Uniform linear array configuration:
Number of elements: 24
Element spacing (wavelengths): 1
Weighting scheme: exponential
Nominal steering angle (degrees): -45
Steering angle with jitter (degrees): -44.934
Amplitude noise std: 0.05
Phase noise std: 0.05

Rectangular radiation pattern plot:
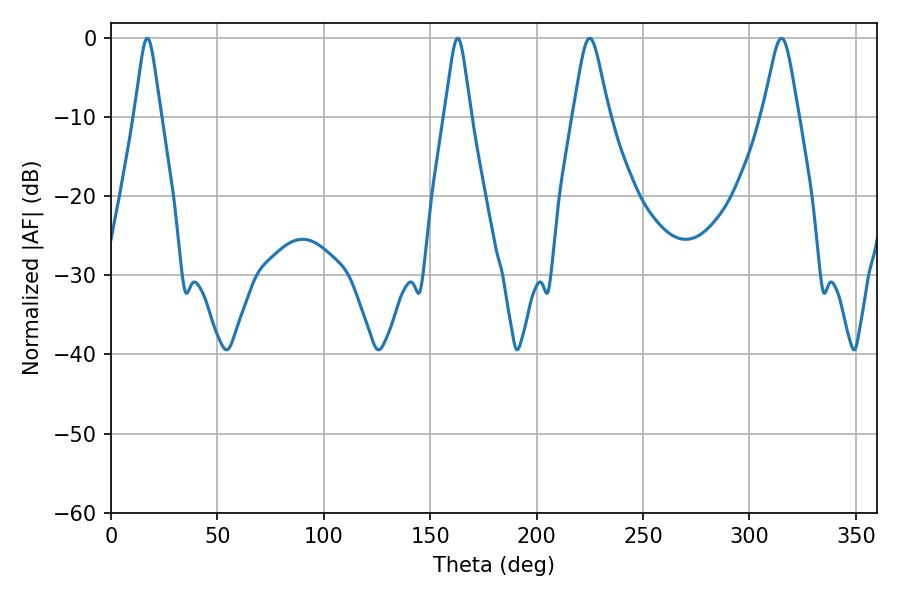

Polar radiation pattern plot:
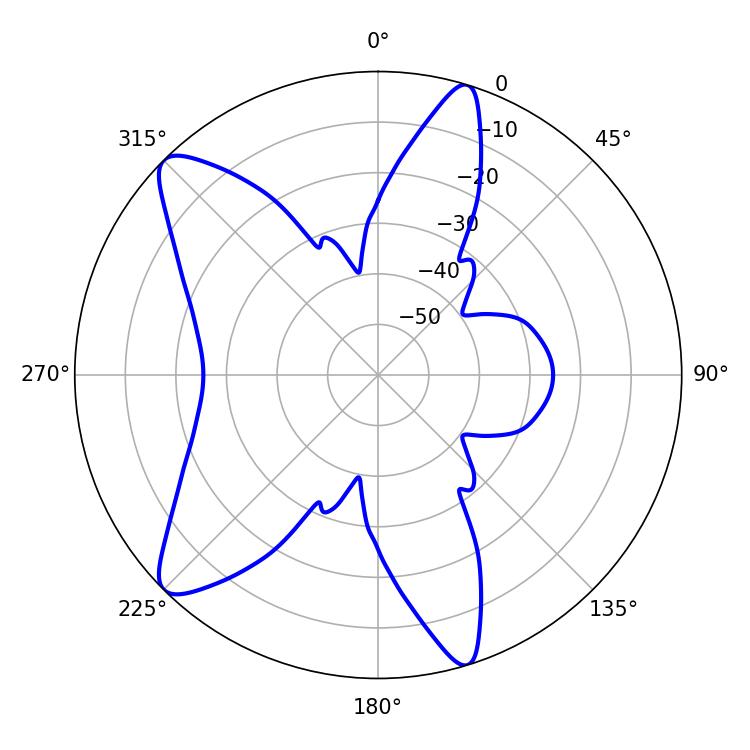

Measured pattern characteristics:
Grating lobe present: TRUE
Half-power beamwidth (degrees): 5.76
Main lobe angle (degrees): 17.1